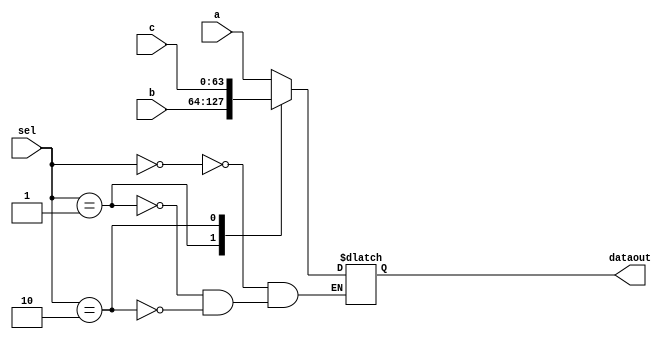
module mux_64_TRIINPUT
(
input[63:0] a,
input[63:0] b,
input[63:0] c,
input[1:0] sel,
output reg[63:0] dataout
);




    always @(*)
	   begin
		case (sel)
			2'b00: dataout = a;
			2'b01: dataout = b;
			2'b10: dataout = c;
	    endcase
	   
	end

endmodule